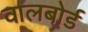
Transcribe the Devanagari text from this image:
वालबोर्ड